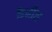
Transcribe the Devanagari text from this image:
कैनीस